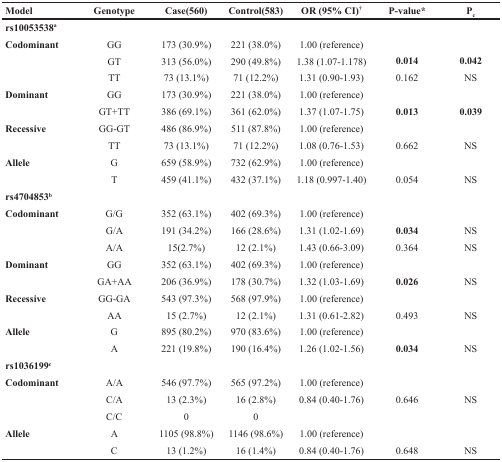
<table><thead><tr><td><b>Model</b></td><td><b>Genotype</b></td><td><b>Case(560)</b></td><td><b>Control(583)</b></td><td><b>OR (95% CI)<sup>†</sup></b></td><td><b>P-value<sup>*</sup></b></td><td><b>P<sub>c</sub></b></td></tr></thead><tbody><tr><td><b>rs10053538</b><sup>a</sup></td><td>[EMPTY_CELL]</td><td>[EMPTY_CELL]</td><td>[EMPTY_CELL]</td><td>[EMPTY_CELL]</td><td>[EMPTY_CELL]</td><td>[EMPTY_CELL]</td></tr><tr><td rowspan="3"><b>Codominant</b></td><td>GG</td><td>173 (30.9%)</td><td>221 (38.0%)</td><td>1.00 (reference)</td><td>[EMPTY_CELL]</td><td>[EMPTY_CELL]</td></tr><tr><td>GT</td><td>313 (56.0%)</td><td>290 (49.8%)</td><td>1.38 (1.07-1.178)</td><td><b>0.014</b></td><td><b>0.042</b></td></tr><tr><td>TT</td><td>73 (13.1%)</td><td>71 (12.2%)</td><td>1.31 (0.90-1.93)</td><td>0.162</td><td>NS</td></tr><tr><td rowspan="2"><b>Dominant</b></td><td>GG</td><td>173 (30.9%)</td><td>221 (38.0%)</td><td>1.00 (reference)</td><td>[EMPTY_CELL]</td><td>[EMPTY_CELL]</td></tr><tr><td>GT+TT</td><td>386 (69.1%)</td><td>361 (62.0%)</td><td>1.37 (1.07-1.75)</td><td><b>0.013</b></td><td><b>0.039</b></td></tr><tr><td rowspan="2"><b>Recessive</b></td><td>GG-GT</td><td>486 (86.9%)</td><td>511 (87.8%)</td><td>1.00 (reference)</td><td>[EMPTY_CELL]</td><td>[EMPTY_CELL]</td></tr><tr><td>TT</td><td>73 (13.1%)</td><td>71 (12.2%)</td><td>1.08 (0.76-1.53)</td><td>0.662</td><td>NS</td></tr><tr><td rowspan="2"><b>Allele</b></td><td>G</td><td>659 (58.9%)</td><td>732 (62.9%)</td><td>1.00 (reference)</td><td>[EMPTY_CELL]</td><td>[EMPTY_CELL]</td></tr><tr><td>T</td><td>459 (41.1%)</td><td>432 (37.1%)</td><td>1.18 (0.997-1.40)</td><td>0.054</td><td>NS</td></tr><tr><td><b>rs4704853<sup>b</sup></b></td><td>[EMPTY_CELL]</td><td>[EMPTY_CELL]</td><td>[EMPTY_CELL]</td><td>[EMPTY_CELL]</td><td>[EMPTY_CELL]</td><td>[EMPTY_CELL]</td></tr><tr><td rowspan="3"><b>Codominant</b></td><td>G/G</td><td>352 (63.1%)</td><td>402 (69.3%)</td><td>1.00 (reference)</td><td>[EMPTY_CELL]</td><td>[EMPTY_CELL]</td></tr><tr><td>G/A</td><td>191 (34.2%)</td><td>166 (28.6%)</td><td>1.31 (1.02-1.69)</td><td><b>0.034</b></td><td>NS</td></tr><tr><td>A/A</td><td>15(2.7%)</td><td>12 (2.1%)</td><td>1.43 (0.66-3.09)</td><td>0.364</td><td>NS</td></tr><tr><td rowspan="2"><b>Dominant</b></td><td>GG</td><td>352 (63.1%)</td><td>402 (69.3%)</td><td>1.00 (reference)</td><td>[EMPTY_CELL]</td><td>[EMPTY_CELL]</td></tr><tr><td>GA+AA</td><td>206 (36.9%)</td><td>178 (30.7%)</td><td>1.32 (1.03-1.69)</td><td><b>0.026</b></td><td>NS</td></tr><tr><td rowspan="2"><b>Recessive</b></td><td>GG-GA</td><td>543 (97.3%)</td><td>568 (97.9%)</td><td>1.00 (reference)</td><td>[EMPTY_CELL]</td><td>[EMPTY_CELL]</td></tr><tr><td>AA</td><td>15 (2.7%)</td><td>12 (2.1%)</td><td>1.31 (0.61-2.82)</td><td>0.493</td><td>NS</td></tr><tr><td rowspan="2"><b>Allele</b></td><td>G</td><td>895 (80.2%)</td><td>970 (83.6%)</td><td>1.00 (reference)</td><td>[EMPTY_CELL]</td><td>[EMPTY_CELL]</td></tr><tr><td>A</td><td>221 (19.8%)</td><td>190 (16.4%)</td><td>1.26 (1.02-1.56)</td><td><b>0.034</b></td><td>NS</td></tr><tr><td><b>rs1036199<sup>c</sup></b></td><td>[EMPTY_CELL]</td><td>[EMPTY_CELL]</td><td>[EMPTY_CELL]</td><td>[EMPTY_CELL]</td><td>[EMPTY_CELL]</td><td>[EMPTY_CELL]</td></tr><tr><td rowspan="3"><b>Codominant</b></td><td>A/A</td><td>546 (97.7%)</td><td>565 (97.2%)</td><td>1.00 (reference)</td><td>[EMPTY_CELL]</td><td>[EMPTY_CELL]</td></tr><tr><td>C/A</td><td>13 (2.3%)</td><td>16 (2.8%)</td><td>0.84 (0.40-1.76)</td><td>0.646</td><td>NS</td></tr><tr><td>C/C</td><td>0</td><td>0</td><td>[EMPTY_CELL]</td><td>[EMPTY_CELL]</td><td>[EMPTY_CELL]</td></tr><tr><td rowspan="2"><b>Allele</b></td><td>A</td><td>1105 (98.8%)</td><td>1146 (98.6%)</td><td>1.00 (reference)</td><td>[EMPTY_CELL]</td><td>[EMPTY_CELL]</td></tr><tr><td>C</td><td>13 (1.2%)</td><td>16 (1.4%)</td><td>0.84 (0.40-1.76)</td><td>0.648</td><td>NS</td></tr></tbody></table>